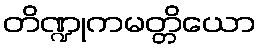
တိဏ္ဍုကမတ္တိယော